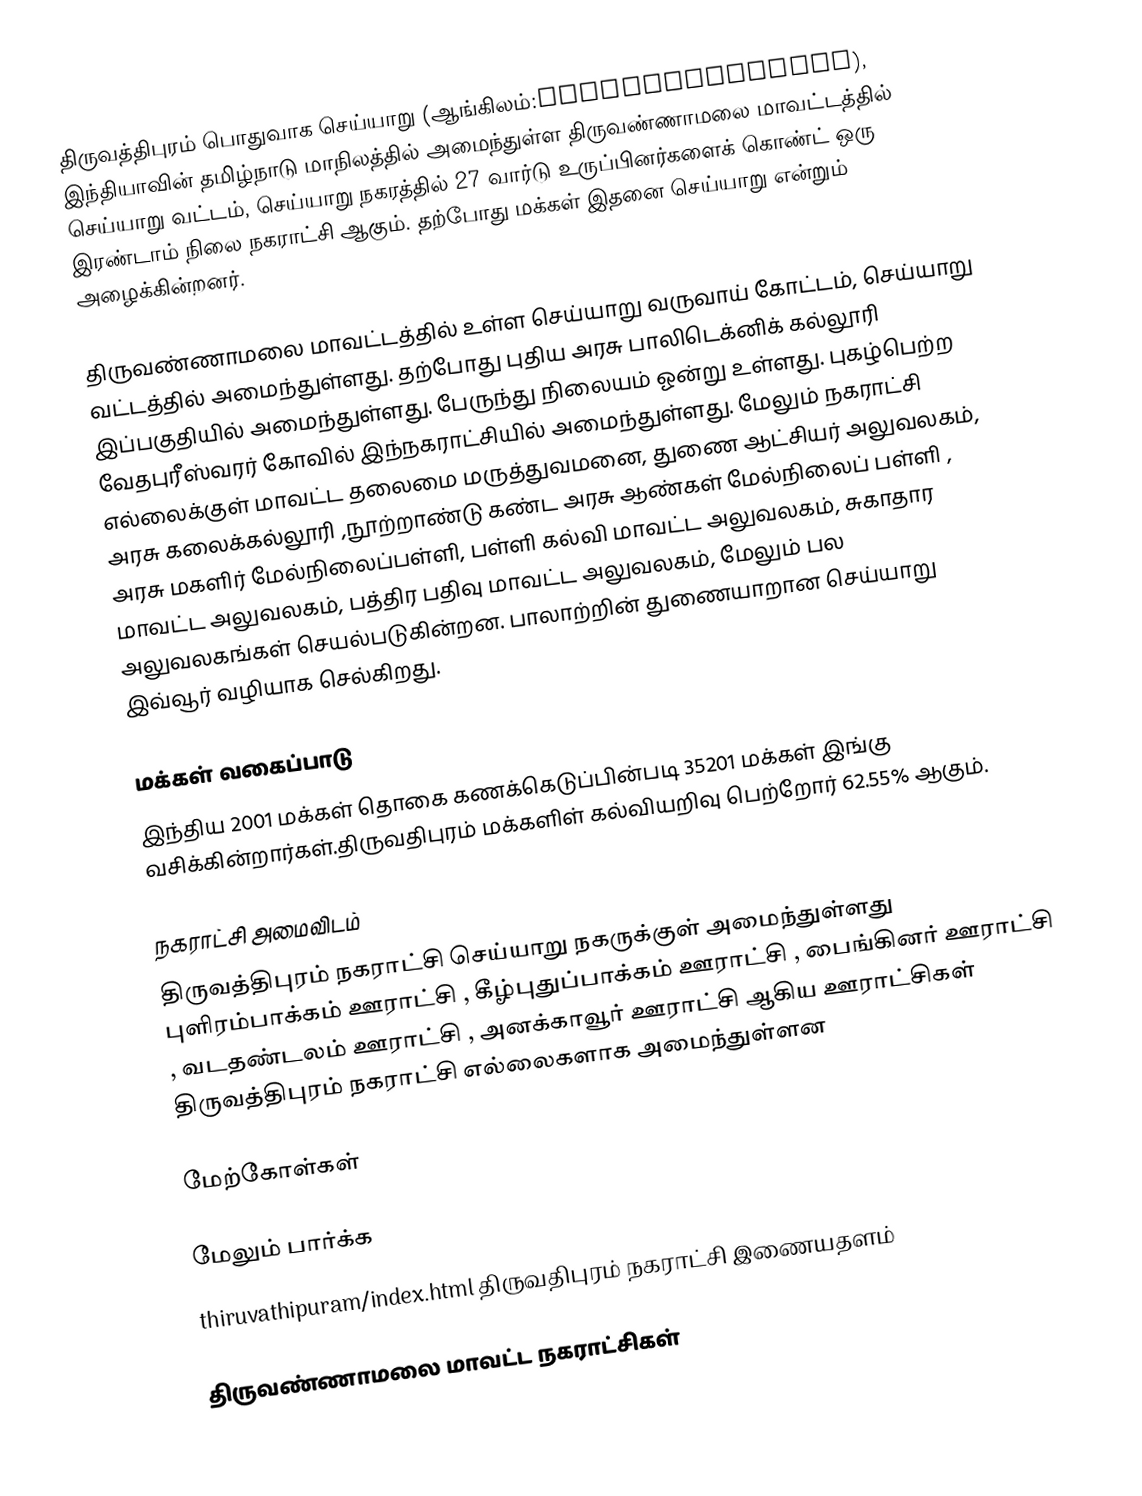
திருவத்திபுரம்   பொதுவாக செய்யாறு (ஆங்கிலம்:thiruvathipuram), இந்தியாவின் தமிழ்நாடு மாநிலத்தில் அமைந்துள்ள  திருவண்ணாமலை மாவட்டத்தில் செய்யாறு வட்டம், செய்யாறு நகரத்தில் 27 வார்டு உருப்பினர்களைக் கொண்ட் ஒரு இரண்டாம் நிலை நகராட்சி ஆகும். தற்போது மக்கள் இதனை செய்யாறு என்றும் அழைக்கின்றனர்.

திருவண்ணாமலை மாவட்டத்தில் உள்ள செய்யாறு வருவாய் கோட்டம், செய்யாறு வட்டத்தில் அமைந்துள்ளது.  தற்போது புதிய  அரசு பாலிடெக்னிக் கல்லூரி இப்பகுதியில் அமைந்துள்ளது. பேருந்து நிலையம் ஓன்று  உள்ளது. புகழ்பெற்ற வேதபுரீஸ்வரர் கோவில் இந்நகராட்சியில் அமைந்துள்ளது. மேலும் நகராட்சி எல்லைக்குள்  மாவட்ட தலைமை மருத்துவமனை, துணை ஆட்சியர் அலுவலகம், அரசு கலைக்கல்லூரி ,நூற்றாண்டு கண்ட அரசு ஆண்கள் மேல்நிலைப் பள்ளி , அரசு மகளிர் மேல்நிலைப்பள்ளி, பள்ளி கல்வி மாவட்ட அலுவலகம், சுகாதார மாவட்ட அலுவலகம், பத்திர பதிவு மாவட்ட அலுவலகம், மேலும் பல அலுவலகங்கள் செயல்படுகின்றன. பாலாற்றின் துணையாறான செய்யாறு இவ்வூர் வழியாக செல்கிறது.

மக்கள் வகைப்பாடு
இந்திய 2001 மக்கள் தொகை கணக்கெடுப்பின்படி 35201 மக்கள் இங்கு வசிக்கின்றார்கள்.திருவதிபுரம் மக்களிள்  கல்வியறிவு பெற்றோர்  62.55% ஆகும்.

நகராட்சி அமைவிடம்
திருவத்திபுரம் நகராட்சி செய்யாறு நகருக்குள் அமைந்துள்ளது புளிரம்பாக்கம் ஊராட்சி , கீழ்புதுப்பாக்கம் ஊராட்சி , பைங்கினர் ஊராட்சி , வடதண்டலம் ஊராட்சி , அனக்காவூர் ஊராட்சி ஆகிய ஊராட்சிகள் திருவத்திபுரம் நகராட்சி எல்லைகளாக அமைந்துள்ளன

மேற்கோள்கள்

மேலும் பார்க்க
 thiruvathipuram/index.html திருவதிபுரம் நகராட்சி இணையதளம்

திருவண்ணாமலை மாவட்ட நகராட்சிகள்